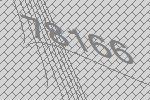
78166